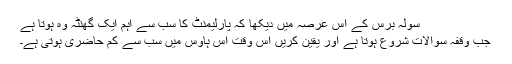
سولہ برس کے اس عرصہ میں دیکھا کہ پارلیمنٹ کا سب سے اہم ایک گھنٹہ وہ ہوتا ہے
جب وقفہ سوالات شروع ہوتا ہے اور یقین کریں اس وقت اس ہاؤس میں سب سے کم حاضری ہوتی ہے۔